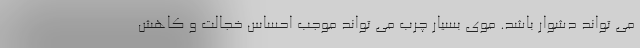
می تواند دشوار باشد. موی بسیار چرب می تواند موجب احساس خجالت و کاهش